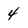
Character: 4